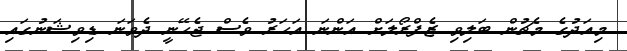
މިއަދުގެ މެޗުން ބަލިވި ޒެފްރޯލަށް އަންނަ އަހަރު ވެސް ޖެހޭނީ ދެވަނަ ޑިވިޝަނުގައި